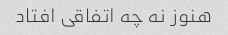
هنوز نه چه اتفاقی افتاد